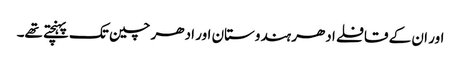
اور ان کے قافلے ادھر ہندوستان اور ادھر چین تک پہنچتے تھے۔